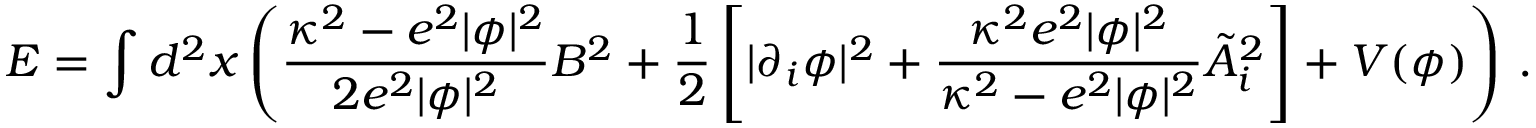
E = \int d ^ { 2 } x \left( { \frac { \kappa ^ { 2 } - e ^ { 2 } | \phi | ^ { 2 } } { 2 e ^ { 2 } | \phi | ^ { 2 } } } B ^ { 2 } + { \frac { 1 } { 2 } } \left[ | \partial _ { i } \phi | ^ { 2 } + { \frac { \kappa ^ { 2 } e ^ { 2 } | \phi | ^ { 2 } } { \kappa ^ { 2 } - e ^ { 2 } | \phi | ^ { 2 } } } \tilde { A } _ { i } ^ { 2 } \right] + V ( \phi ) \right) \, .